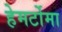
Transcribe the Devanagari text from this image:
हेमर्टोमा